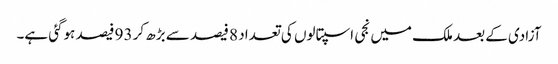
آزادی کے بعد ملک میں نجی اسپتالوں کی تعداد 8 فیصد سے بڑھ کر 93 فیصد ہوگئی ہے۔